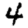
Digit: 4